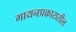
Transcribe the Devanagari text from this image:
गायनप्रकारातील